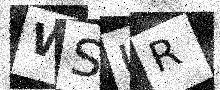
Text: WSUR